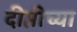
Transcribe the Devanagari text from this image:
दीप्तीच्या